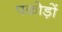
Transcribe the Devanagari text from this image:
पकोड़ों